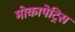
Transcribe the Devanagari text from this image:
मोकापेट्रिस